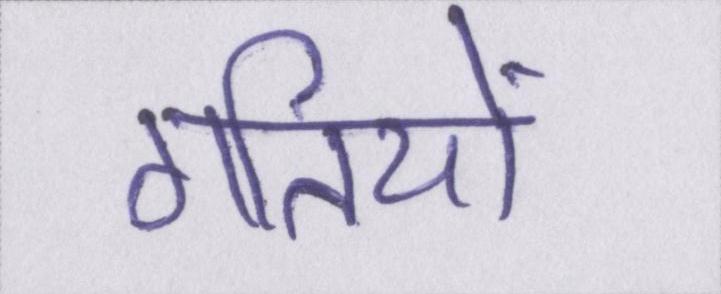
गतियों